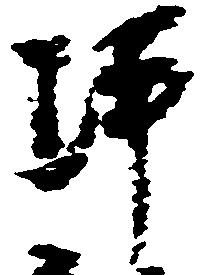
坪